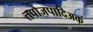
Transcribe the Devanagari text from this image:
तपोजपादिअक्ं